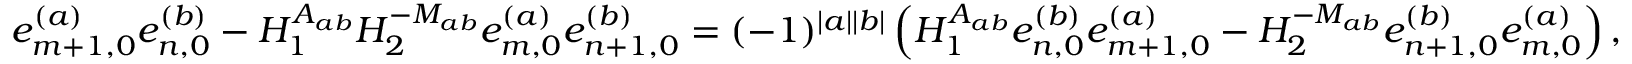
e _ { m + 1 , 0 } ^ { ( a ) } e _ { n , 0 } ^ { ( b ) } - H _ { 1 } ^ { A _ { a b } } H _ { 2 } ^ { - M _ { a b } } e _ { m , 0 } ^ { ( a ) } e _ { n + 1 , 0 } ^ { ( b ) } = ( - 1 ) ^ { | a | | b | } \left( H _ { 1 } ^ { A _ { a b } } e _ { n , 0 } ^ { ( b ) } e _ { m + 1 , 0 } ^ { ( a ) } - H _ { 2 } ^ { - M _ { a b } } e _ { n + 1 , 0 } ^ { ( b ) } e _ { m , 0 } ^ { ( a ) } \right) ,